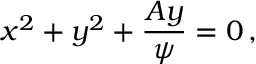
x ^ { 2 } + y ^ { 2 } + { \frac { A y } { \psi } } = 0 \, ,